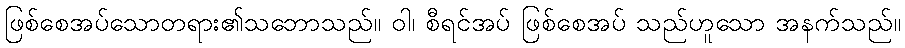
ဖြစ်စေအပ်သောတရား၏သဘောသည်။ ဝါ၊ စီရင်အပ် ဖြစ်စေအပ် သည်ဟူသော အနက်သည်။